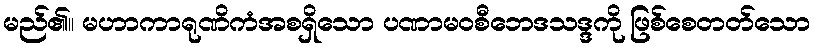
မည်၏။ မဟာကာရုဏိကံအစရှိသော ပဏာမဝစီဘေဒသဒ္ဒကို ဖြစ်စေတတ်သော